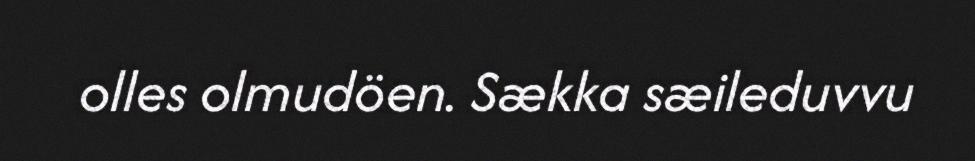
olles olmudöen. Sækka sæileduvvu